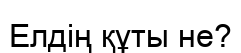
Елдің құты не?